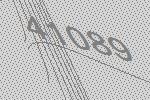
41089